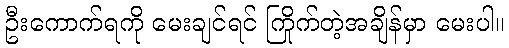
ဦးကောက်ရကို မေးချင်ရင် ကြိုက်တဲ့အချိန်မှာ မေးပါ။